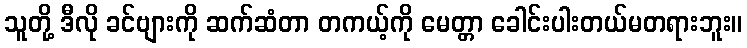
သူတို့ ဒီလို ခင်ဗျားကို ဆက်ဆံတာ တကယ့်ကို မေတ္တာ ခေါင်းပါးတယ်မတရားဘူး။